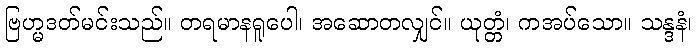
ဗြဟ္မဒတ်မင်းသည်။ တရမာနရူပေါ၊ အဆောတလျှင်။ ယုတ္တံ၊ ကအပ်သော။ သန္ဒနံ၊